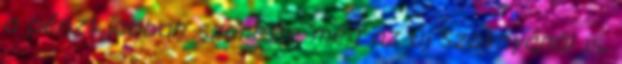
a pénzt jobban szerette még az új szoknyánál is,